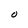
Character: O